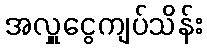
အလှူငွေကျပ်သိန်း